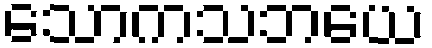
သောကသဘယေ